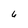
Character: 6